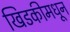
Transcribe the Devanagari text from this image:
खिडकीमधून